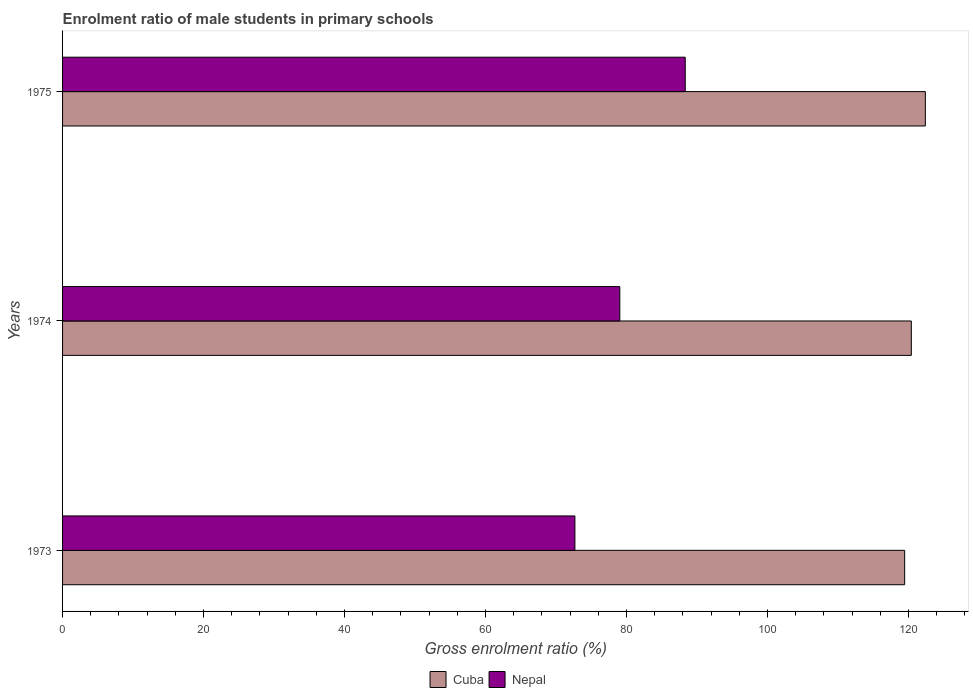
| Years | Cuba | Nepal |
 | --- | --- | --- |
 | 1973 | 119 | 72.7 |
 | 1974 | 120 | 79 |
 | 1975 | 122 | 88.3 |